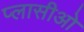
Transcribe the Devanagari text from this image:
प्लासीओ